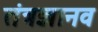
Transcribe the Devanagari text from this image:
तंत्रज्ञानव